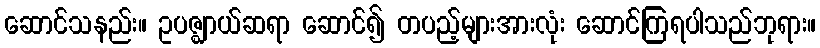
ဆောင်သနည်း။ ဥပဇ္ဈာယ်ဆရာ ဆောင်၍ တပည့်များအားလုံး ဆောင်ကြရပါသည်ဘုရား။